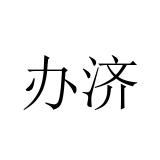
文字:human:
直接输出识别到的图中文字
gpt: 办济